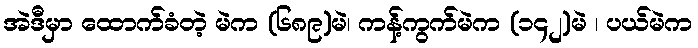
အဲဒီမှာ ထောက်ခံတဲ့ မဲက (၆၈၉)မဲ၊ ကန့်ကွက်မဲက (၁၄၂)မဲ ၊ ပယ်မဲက